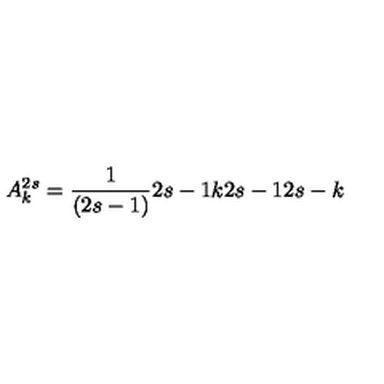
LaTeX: A _ { k } ^ { 2 s } = { \frac { 1 } { ( 2 s - 1 ) } } { \binom { 2 s - 1 } { k } } { \binom { 2 s - 1 } { 2 s - k } }